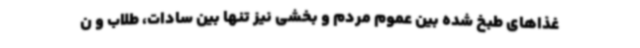
غذاهای طبخ شده بین عموم مردم و بخشی نیز تنها بین سادات‌، طلاب و ن